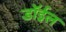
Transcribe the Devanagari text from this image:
डॉईल